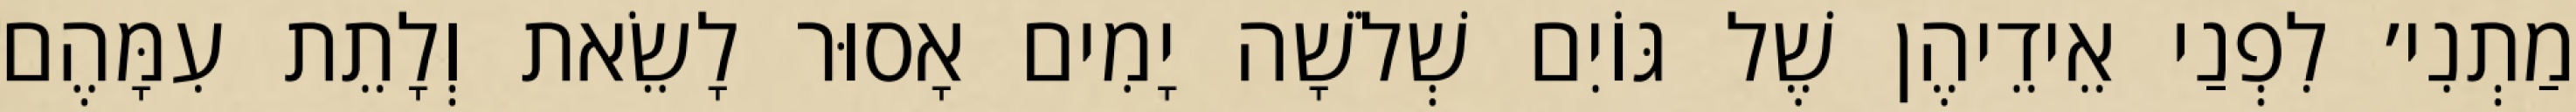
מַתְנִי׳ לִפְנַי אֵידֵיהֶן שֶׁל גּוֹיִם שְׁלֹשָׁה יָמִים אָסוּר לָשֵׂאת וְלָתֵת עִמָּהֶם